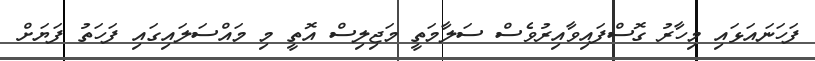
ފަހަނައަޅައި މިހާރު ގޮސްފައިވާއިރުވެސް ސަލާމަތީ މަޖިލިސް އޮތީ މި މައްސަލައިގައި ފަހަތު ފަޔަށް